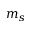
m _ { s }